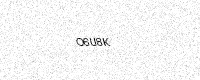
Text: O6U8K